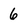
Character: 6